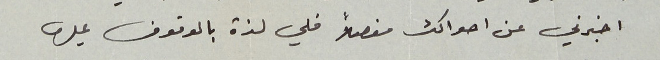
اخبرني عن احوالك مفصلاً فلي لذة بالوقوف عليها